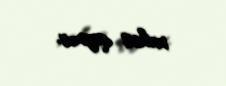
məhəl qoymur.